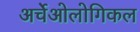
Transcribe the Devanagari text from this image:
अर्चेओलोगिकल